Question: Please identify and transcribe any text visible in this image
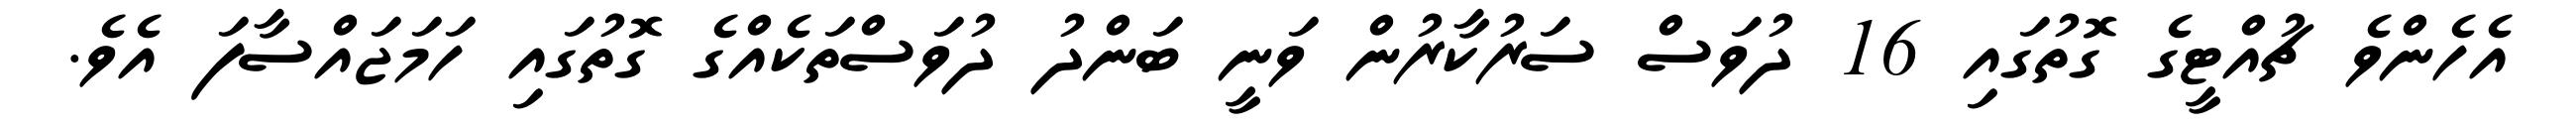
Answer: އެހެންވެ ޗުއްޓީގެ ގޮތުގައި 16 ދުވަސް ސަރުކާރުން ވަނީ ބަންދު ދުވަސްތަކެއްގެ ގޮތުގައި ހަމަޖައްސާފަ އެވެ.